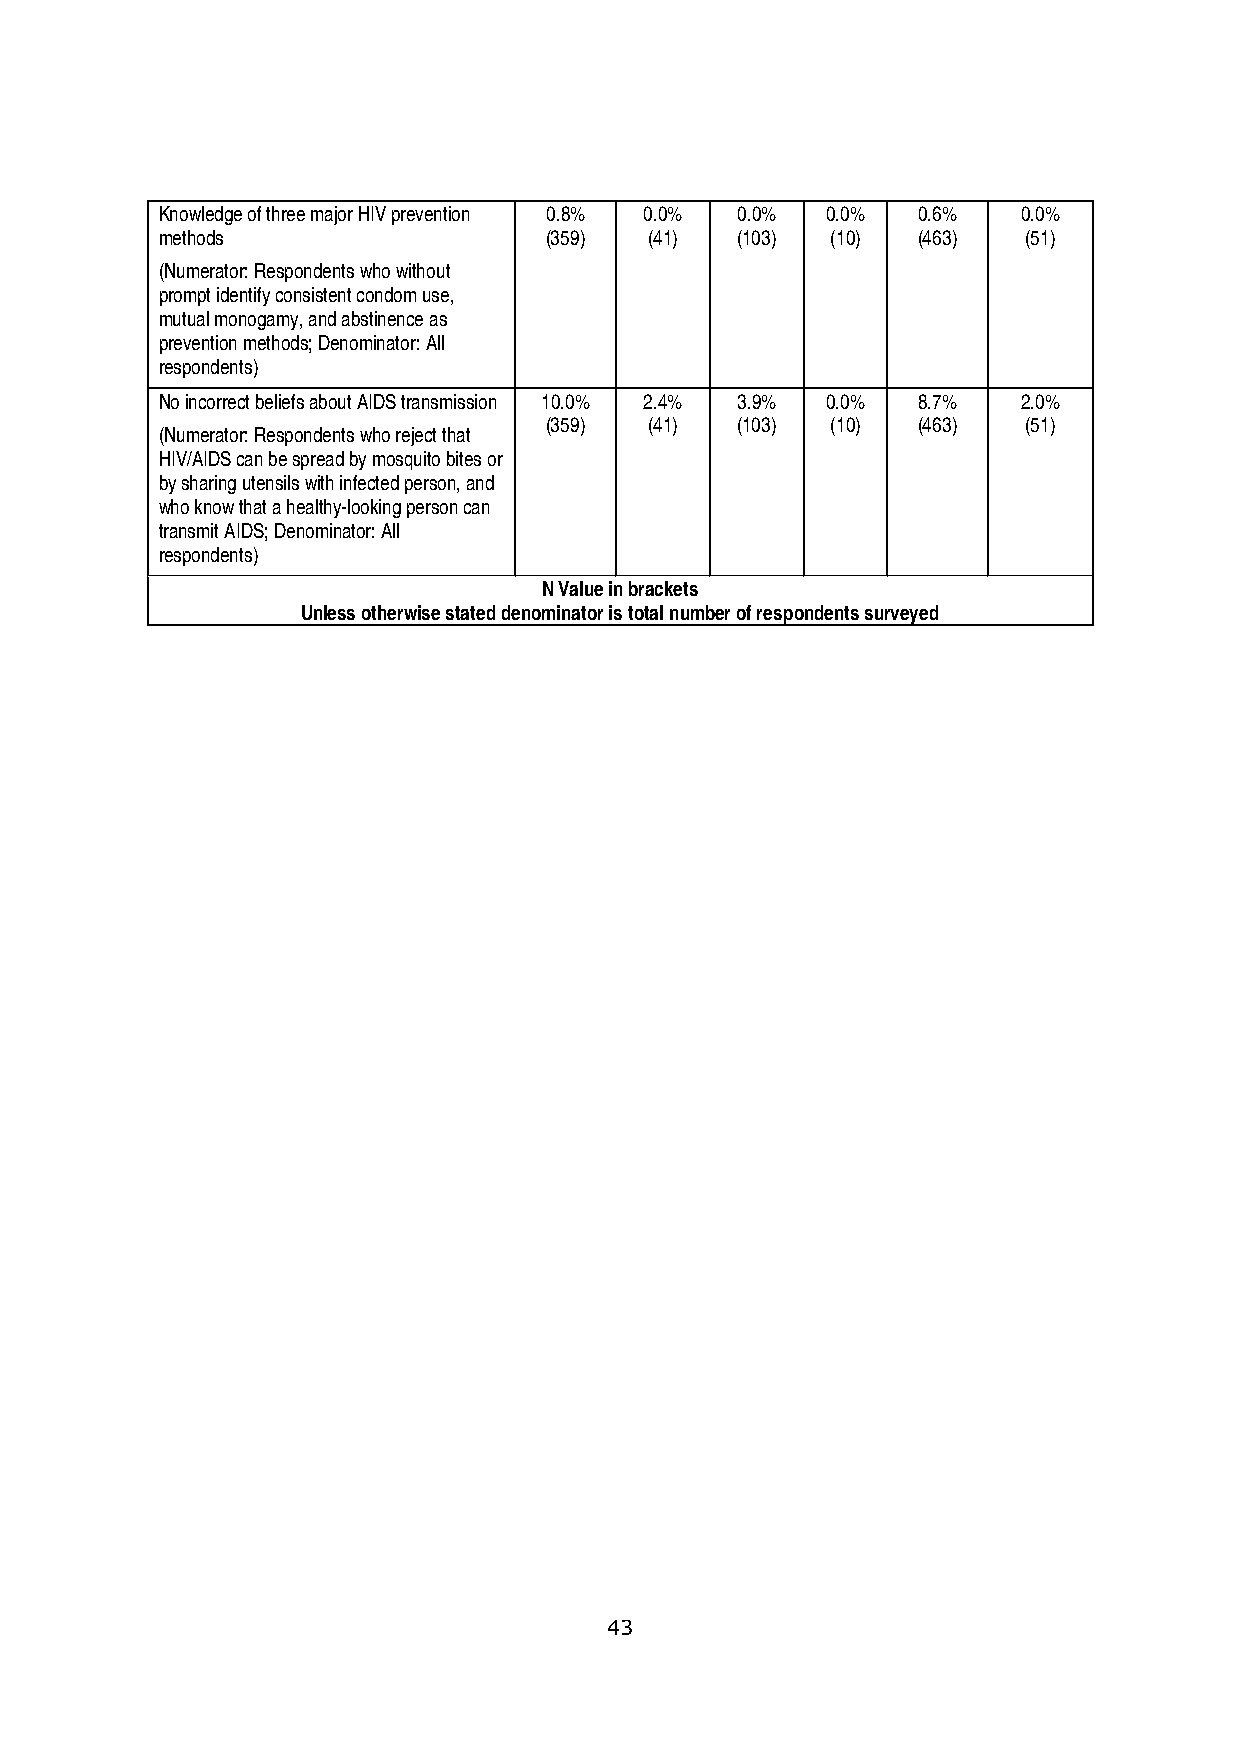
Knowledge of three major HIV prevention 0.8% 0.0% 0.0% 0.0% 0.6% 0.0%
 methods                  (359)  (41)  (103) (10)  (463)  (51)
 (Numerator: Respondents who without
 prompt identify consistent condom use,
 mutual monogamy, and abstinence as
 prevention methods; Denominator: All
 respondents)
 No incorrect beliefs about AIDS transmission 10.0% 2.4% 3.9% 0.0% 8.7% 2.0%
 (359)  (41)  (103) (10)  (463)  (51)
 (Numerator: Respondents who reject that
 HIV/AIDS can be spread by mosquito bites or
 by sharing utensils with infected person, and
 who know that a healthy-looking person can
 transmit AIDS; Denominator: All
 respondents)
 N Value in brackets
 Unless otherwise stated denominator is total number of respondents surveyed
 43